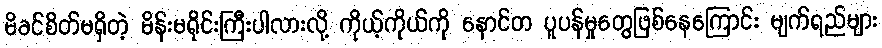
မိခင်စိတ်မရှိတဲ့ မိန်းမရိုင်းကြီးပါလားလို့ ကိုယ့်ကိုယ်ကို နောင်တ ပူပန်မှုတွေဖြစ်နေကြောင်း မျက်ရည်များ